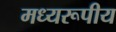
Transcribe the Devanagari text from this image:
मध्यरूपीय